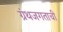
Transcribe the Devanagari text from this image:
ग्रंथजगताची